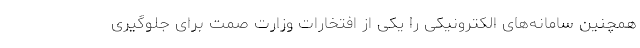
همچنین سامانه‌های الکترونیکی را یکی از افتخارات وزارت صمت برای جلوگیری